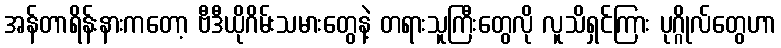
အန်တာရိန်းနားကတော့ ဗီဒီယိုဂိမ်းသမားတွေနဲ့ တရားသူကြီးတွေလို လူသိရှင်ကြား ပုဂ္ဂိုလ်တွေဟာ